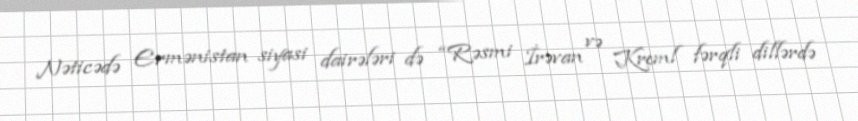
Nəticədə Ermənistan siyasi dairələri də “Rəsmi İrəvan və Kreml fərqli dillərdə